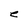
Character: e